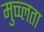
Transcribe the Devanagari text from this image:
मुच्च्लता